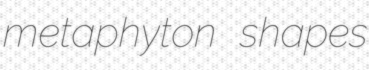
metaphyton shapes